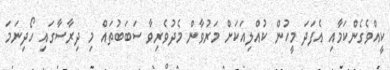
ކީއްވެގެންކަމާއި އެފަދަ މީހުން ކުއްލިއަކަށް މަރުވާން މެދުވެރިވާ ސަބަބުތައް މި ދިރާސާގައި ހޯދިނަމަ